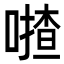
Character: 𠾵